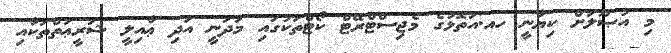
މި އުޞޫލަށް ކިޔާނީ ހއ.އަތޮޅުގެ މެޖިސްޓްރޭޓް ކޯޓްތަކުގައި މަދަނީ އަދި ޢާއިލީ ޝަރީޢަތްތަކާއި